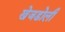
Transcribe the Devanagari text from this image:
खेजडोली